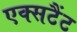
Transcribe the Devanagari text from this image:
एक्सटैंट